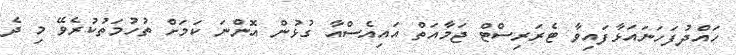
ހައްދުފަހަނައަޅާފައިވާ ޓެރަރިސްޓް ޖަމާއަތް އައިއެސްއާ ގުޅުން އޮންނަ ކަމަށް ތުހުމަތުކުރެވޭ މި ދެ